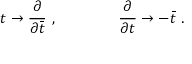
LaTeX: t \rightarrow { \frac { \partial } { \partial \bar { t } } } \ , \qquad \qquad { \frac { \partial } { \partial t } } \rightarrow - \bar { t } \ .